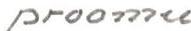
proomu